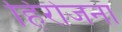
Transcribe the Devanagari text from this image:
हिरोजना